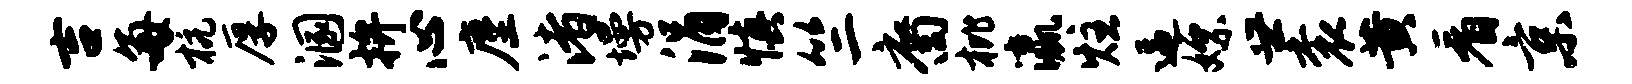
吉每杭厚溷拚心麈渚墁涓慎竺裔枇瀛炷逼嫖世衮黄看京